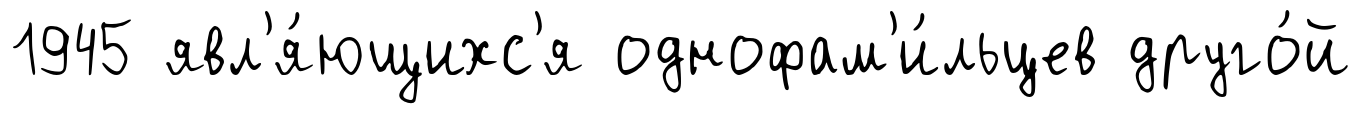
1945 явл'я́ющихс'я однофам'и́льцев друго́й